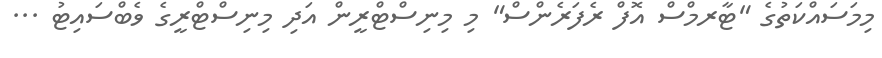
މިމަސައްކަތުގެ "ޓާރމްސް އޮފް ރެފަރެންސް" މި މިނިސްޓްރީން އަދި މިނިސްޓްރީގެ ވެބްސައިޓު ...